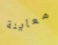
معاينة